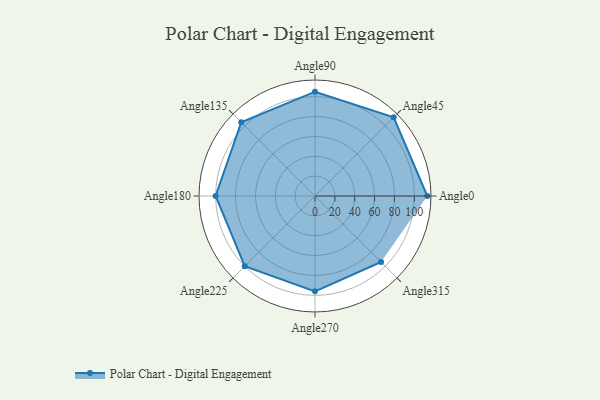
{"axis": {"x": "Angle", "y": "Radius"}, "legend": [""], "data": [{"x": "Angle0", "y": 113.0, "type": ""}, {"x": "Angle45", "y": 112.0, "type": ""}, {"x": "Angle90", "y": 105.0, "type": ""}, {"x": "Angle135", "y": 105.0, "type": ""}, {"x": "Angle180", "y": 100.0, "type": ""}, {"x": "Angle225", "y": 100.0, "type": ""}, {"x": "Angle270", "y": 96.0, "type": ""}, {"x": "Angle315", "y": 94.0, "type": ""}]}